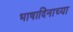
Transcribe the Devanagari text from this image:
भाषादिनाच्या